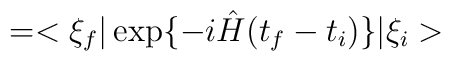
= <\xi_f\vert \exp\{ -i \hat{H}(t_f-t_i)\} \vert \xi_i>